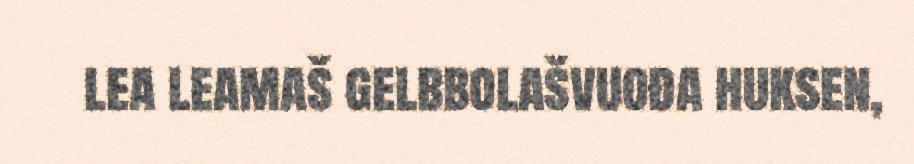
lea leamaš gelbbolašvuođa huksen,